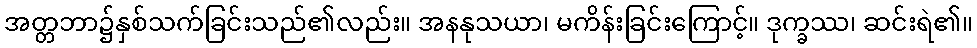
အတ္တဘာ၌နှစ်သက်ခြင်းသည်၏လည်း။ အနနုသယာ၊ မကိန်းခြင်းကြောင့်။ ဒုက္ခဿ၊ ဆင်းရဲ၏။